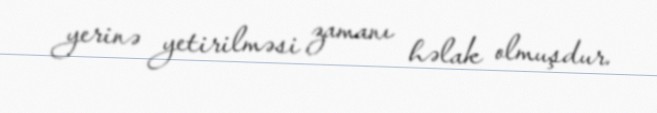
yerinə yetirilməsi zamanı həlak olmuşdur.